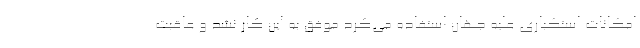
امکانات استکباری علیه جهان استفاده می‌کرد موفق به این کار نشد و عاقبت